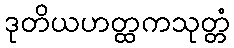
ဒုတိယဟတ္ထကသုတ္တံ